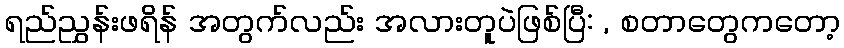
ရည်ညွှန်းဖရိန် အတွက်လည်း အလားတူပဲဖြစ်ပြီ: , စတာတွေကတော့